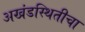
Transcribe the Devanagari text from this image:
अखंडस्थितीचा